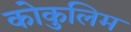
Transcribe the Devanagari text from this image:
कोकुलिम